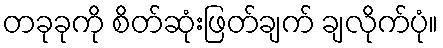
တခုခုကို စိတ်ဆုံးဖြတ်ချက် ချလိုက်ပုံ။